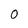
Character: 0